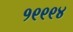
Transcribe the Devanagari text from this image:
१९९९४